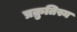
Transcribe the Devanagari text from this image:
प्रक्रुतिस्य